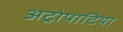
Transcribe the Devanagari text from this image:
अट्रोपाटिया